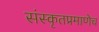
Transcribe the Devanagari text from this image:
संस्कृतप्रमाणेच